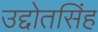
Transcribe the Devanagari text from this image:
उद्दोतसिंह